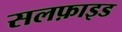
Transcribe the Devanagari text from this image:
सलफ़ाइड